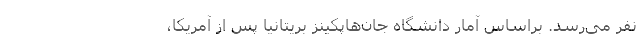
نفر می‌رسد. براساس آمار دانشگاه جان‌هاپکینز بریتانیا پس از آمریکا،